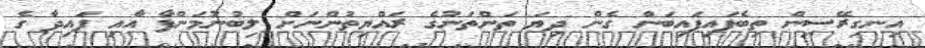
އިނގިރޭސިން ތިބެފައިފައިބަން ގެން ދިޔަ ތަންތަނުގެ ރައްޔިތުންނަށް ލިބުނުމަންފާ އާއި ފައިދާ ގެ